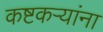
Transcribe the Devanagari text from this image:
कष्टकऱ्यांना